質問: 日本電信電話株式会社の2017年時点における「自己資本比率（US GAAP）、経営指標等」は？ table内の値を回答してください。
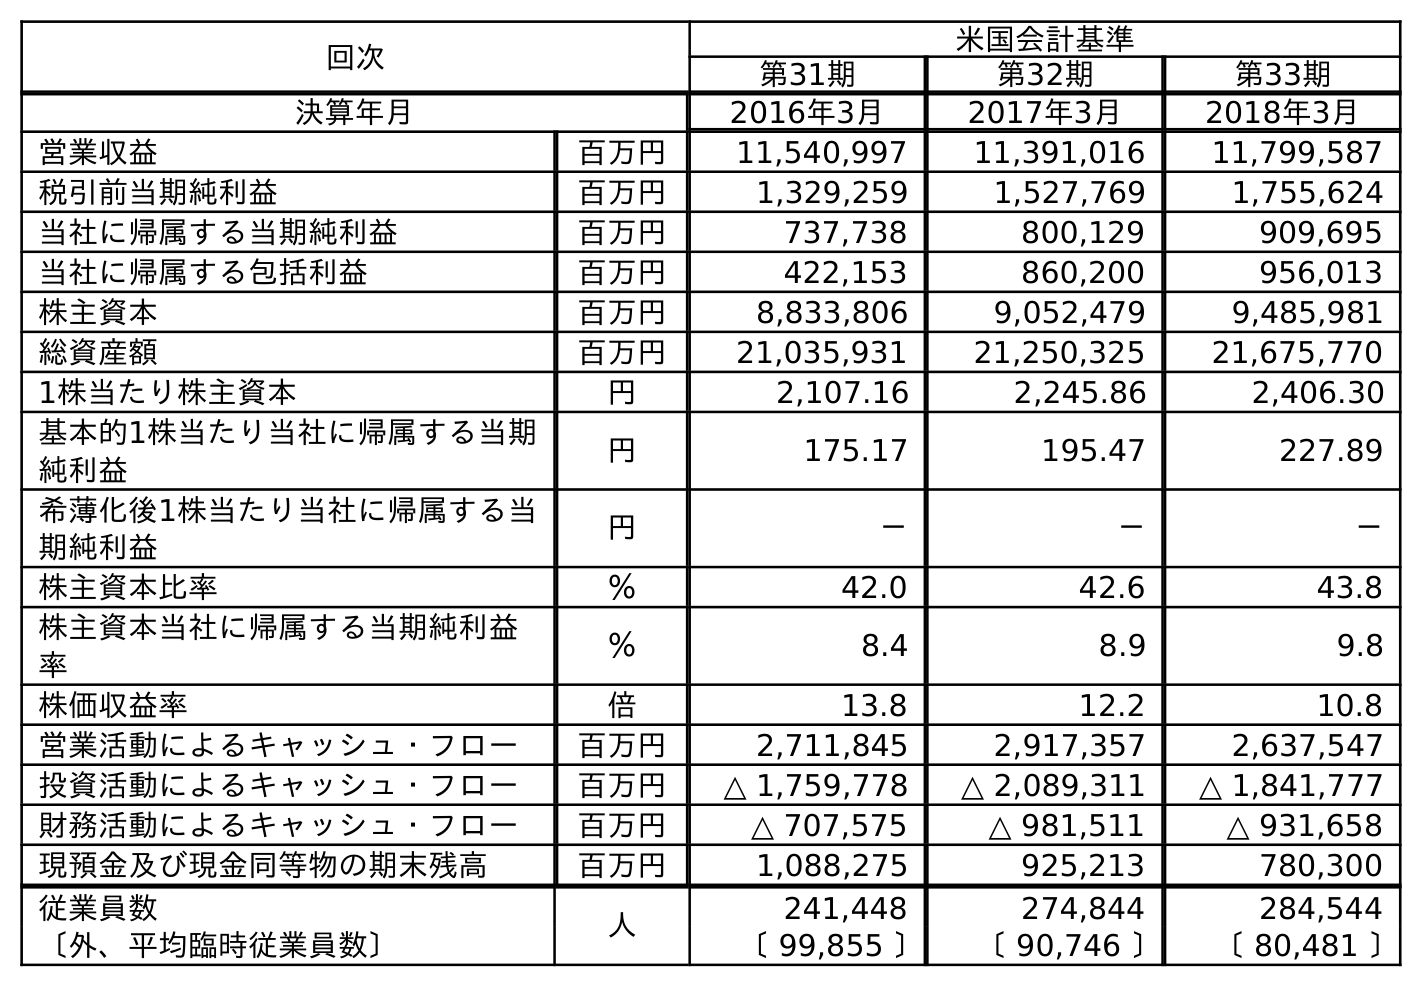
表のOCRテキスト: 回次 米国会計基準 第31期 第32期 第33期 決算年月 2016年3月 2017年3月 2018年3月 営業収益 百万円 11,540,997 11,391,016 11,799,587 税引前当期純利益 百万円 1,329,259 1,527,769 1,755,624 当社に帰属する当期純利益 百万円 737,738 800,129 909,695 当社に帰属する包括利益 百万円 422,153 860,200 956,013 株主資本 百万円 8,833,806 9,052,479 9,485,981 総資産額 百万円 21,035,931 21,250,325 21,675,770 1株当たり株主資本 円 2,107.16 2,245.86 2,406.30 基本的1株当たり当社に帰属する当期 純利益 円 175.17 195.47 227.89 希薄化後1株当たり当社に帰属する当 期純利益 円 － － － 株主資本比率 ％ 42.0 42.6 43.8 株主資本当社に帰属する当期純利益 率 ％ 8.4 8.9 9.8 株価収益率 倍 13.8 12.2 10.8 営業活動によるキャッシュ・フロー 百万円 2,711,845 2,917,357 2,637,547 投資活動によるキャッシュ・フロー 百万円 △ 1,759,778 △ 2,089,311 △ 1,841,777 財務活動によるキャッシュ・フロー 百万円 △ 707,575 △ 981,511 △ 931,658 現預金及び現金同等物の期末残高 百万円 1,088,275 925,213 780,300 従業員数 人 241,448 274,844 284,544 〔外、平均臨時従業員数〕 〔 99,855 〕 〔 90,746 〕 〔 80,481 〕
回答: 42.6